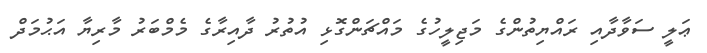
ޢަލީ ސަވާދާއި ރައްޔިތުންގެ މަޖިލީހުގެ މައްޗަންގޮޅި އުތުރު ދާއިރާގެ މެމްބަރު މާރިޔާ އަޙުމަދް